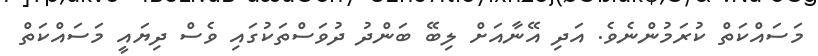
މަސައްކަތް ކުރަމުންނެވެ. އަދި އޭނާއަށް ލިބޭ ބަންދު ދުވަސްތަކުގައި ވެސް ދިޔައީ މަސައްކަތް